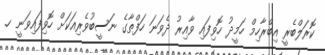
ކޮރަލްބެރީ އިބްރާހިމް ހަމީދު ހޮވިފައި ވާއިރު ދެވަނަ ހަފްތާގެ ނަސީބުވެރިއަކަށް ހޮވިފައިވަނީ ހ.